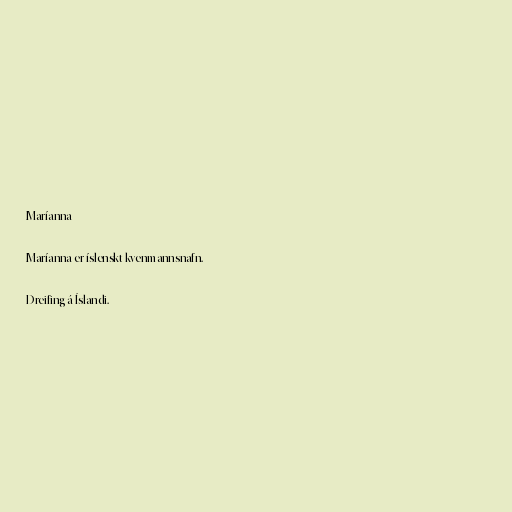
Maríanna

Maríanna er íslenskt kvenmannsnafn.

Dreifing á Íslandi.